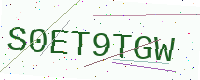
Text: S0ET9TGW